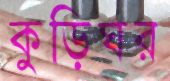
কুড়িঘর